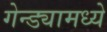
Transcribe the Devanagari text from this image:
गेन्ड्यामध्ये